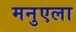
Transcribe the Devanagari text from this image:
मनुएला